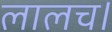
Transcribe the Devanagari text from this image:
लालच।